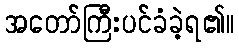
အတော်ကြီးပင်ခံခဲ့ရ၏။